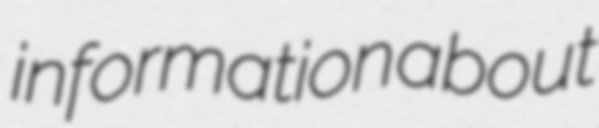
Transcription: information about